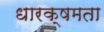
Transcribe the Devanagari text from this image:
धारक्षमता